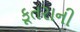
કૂતરાની